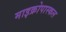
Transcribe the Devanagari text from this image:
माइक्रोपास्कल